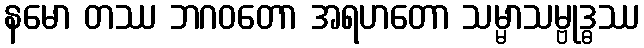
နမော တဿ ဘဂဝတော အရဟတော သမ္မာသမ္ဗုဒ္ဓဿ